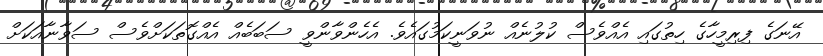
އޭނަގެ ފިރިމީހާގެ ހިތުގައި އެއްވެސް ކުލުނެއް ނުވަނީކަމުގައެވެ. އެހެންވާންވީ ސަބަބެއް އެއްގޮތަކަށްވެސް ސަވާނާއަކަށް